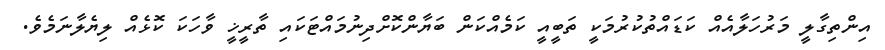
އިންތިގާލީ މަރުހަލާއެއް ކަޑައްތުކުރުމަކީ ތަބީއީ ކަމެއްކަން ބަޔާންކޮށްދިނުމައްޓަކައި ތާރީޚީ ވާހަކަ ކޮޅެއް ލިޔެލާނަމެވެ.